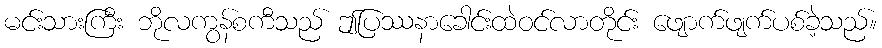
မင်းသားကြီး ဘိုလကွန်စကီသည် ဤပြဿနာခေါင်းထဲဝင်လာတိုင်း ဖျောက်ဖျက်ပစ်ခဲ့သည်။